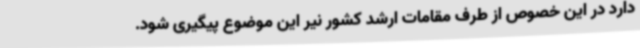
دارد در این خصوص از طرف مقامات ارشد کشور نیر این موضوع پیگیری شود.